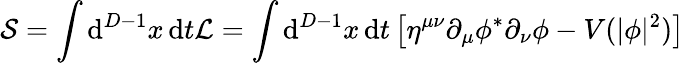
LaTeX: {\mathcal{S}}=\int\mathrm{d}^{D-1}x\, \mathrm{d}t{\mathcal{L}}=\int\mathrm{d}^{D-1}x\, \mathrm{d}t\left[\eta^{\mu\nu}\partial_{\mu}\phi^{*}\partial_{\nu}\phi-V(|\phi|^{2})\right]